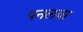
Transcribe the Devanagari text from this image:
पनलवा